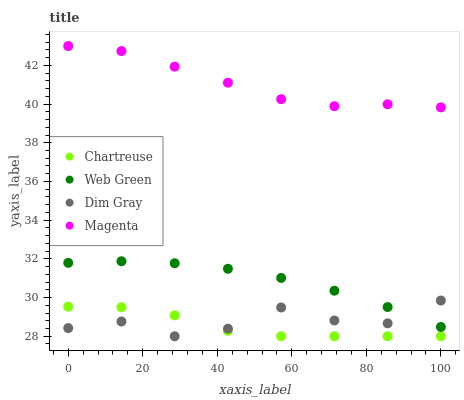
| xaxis_label | Chartreuse | Web Green | Dim Gray | Magenta |
 | --- | --- | --- | --- | --- |
 | 0 | 29.5 | 31.8 | 28.4 | 43 |
 | 14.3 | 29.5 | 31.9 | 28.8 | 42.7 |
 | 28.6 | 29.1 | 31.8 | 28 | 41.9 |
 | 42.9 | 28.3 | 31.5 | 28.4 | 41.1 |
 | 57.1 | 28 | 31 | 29.5 | 40.3 |
 | 71.4 | 28 | 30.4 | 28.8 | 39.9 |
 | 85.7 | 28 | 29.5 | 28.7 | 40 |
 | 100 | 28 | 28.5 | 29.8 | 39.8 |